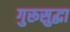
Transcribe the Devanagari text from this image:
गुरूसुद्धा